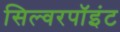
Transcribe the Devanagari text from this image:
सिल्वरपॉइंट